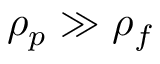
\rho _ { p } \gg \rho _ { f }